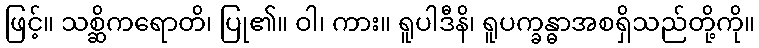
ဖြင့်။ သစ္ဆိကရောတိ၊ ပြု၏။ ဝါ၊ ကား။ ရူပါဒီနိ၊ ရူပက္ခန္ဓာအစရှိသည်တို့ကို။